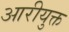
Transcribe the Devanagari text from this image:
आरीयुक्त